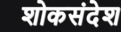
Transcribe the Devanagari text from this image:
शोकसंदेश